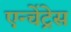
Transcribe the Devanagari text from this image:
एन्चेंट्रेस